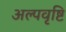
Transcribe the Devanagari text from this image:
अल्पवृष्टि